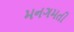
મનગમતી